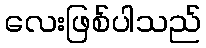
လေးဖြစ်ပါသည်